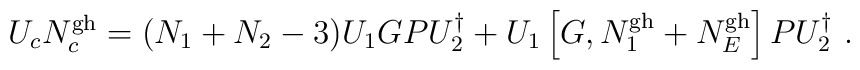
U_cN_c^{\rm gh}=(N_1+N_2-3)U_1GPU_2^\dagger +U_1\left[ G,N_1^{\rm gh}+N_E^{\rm gh}\right]PU_2^\dagger \ .